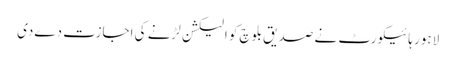
لاہور ہائیکورٹ نے صدیق بلوچ کو الیکشن لڑنے کی اجازت دےدی